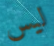
ليس